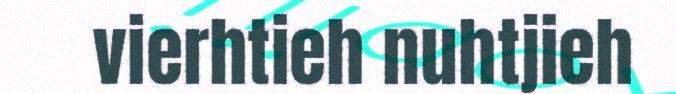
vierhtieh nuhtjieh